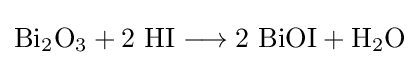
\mathrm {Bi_{2}O_{3}+2\ HI\longrightarrow 2\ BiOI+H_{2}O}